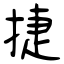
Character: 捷